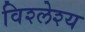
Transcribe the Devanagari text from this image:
विश्लेश्य